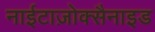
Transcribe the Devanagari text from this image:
नाईटाज़ोक्सैनाइड